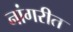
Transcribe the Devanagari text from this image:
नांगरीत